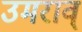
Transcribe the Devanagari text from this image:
उमराव्